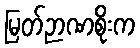
မြတ်ဉာဏစိုးက